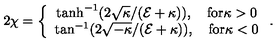
2 \chi = \left\{ \begin{array} { c } { \tanh ^ { - 1 } ( 2 \sqrt { \kappa } / ( { \cal E } + \kappa ) ) , \quad \mathrm { f o r } \kappa > 0 } \\ { \tan ^ { - 1 } ( 2 \sqrt { - \kappa } / ( { \cal E } + \kappa ) ) , \quad \mathrm { f o r } \kappa < 0 } \\ \end{array} \right. .